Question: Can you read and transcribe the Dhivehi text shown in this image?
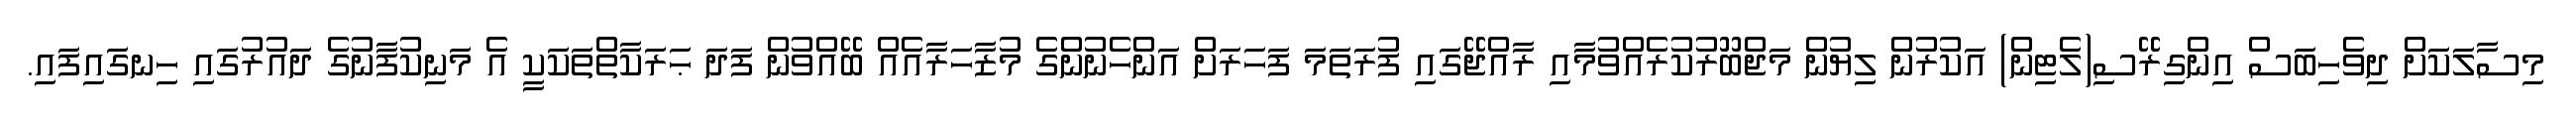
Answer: މިސާލަކަށް ދިވެހިބަސް އިންގިރޭސި(ލެޓިން) އަކުރުން ލިޔުން މަޖްބޫރުކުރެއްވުމާއި ރާއްޖޭގައި ފުރަތަމަ ފަހަރަށް އަންހެނުންގެ މުޒާހަރާއެއް ބޭއްވުން ފަދަ ޙަރަކާތްތަކަކީ އެ މަނިކުފާނުގެ ދައުރުގައި ހިނގައިފައި.